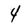
Character: 4